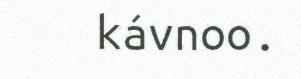
kávnoo.